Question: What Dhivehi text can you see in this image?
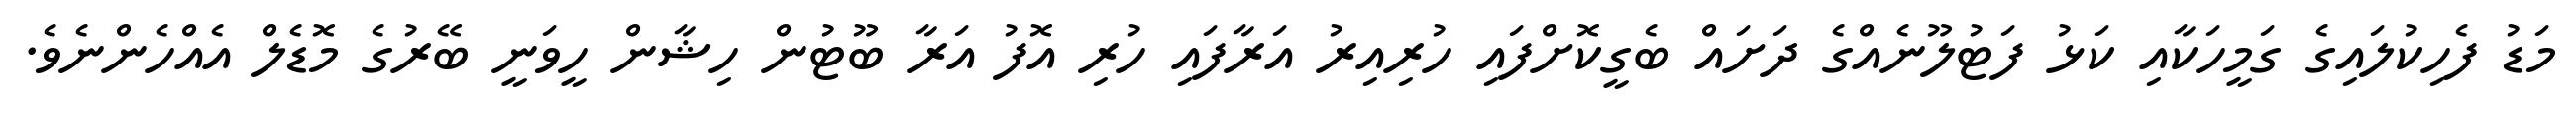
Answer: މަޑު ފެހިކުލައިގެ ގަމީހަކާއި ކަޅު ފަޓުލޫނެއްގެ ދަށައް ބެގީކޮށްފައި ހުރިއިރު އަރާފައި ހުރި އޮފު އަރާ ބޫޓުން ހިޝާން ހީވަނީ ބޭރުގެ މޮޑެލް އެއްހެންނެވެ.